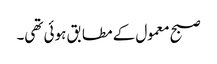
صبح معمول کے مطابق ہوئی تھی۔